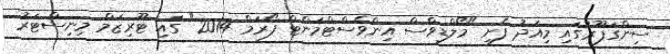
ސިންގަޕޫރުގައި މިއަދު ފެށި "މޯލްޑިވްސް އިންވެސްޓްމަންޓް ފޯރަމް 2014" ގައި ޓޫރިޒަމް މިނިސްޓަރު